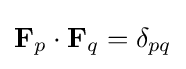
\mathbf {F} _{p}\cdot \mathbf {F} _{q}=\delta _{pq}